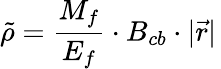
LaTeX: \tilde{\rho}=\frac{M_{f}}{E_{f}}\cdot B_{cb}\cdot|\vec{r}|\,